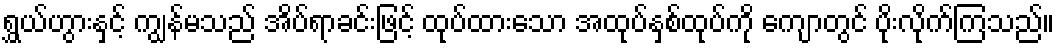
ရွှယ်ဟွားနှင့် ကျွန်မသည် အိပ်ရာခင်းဖြင့် ထုပ်ထားသော အထုပ်နှစ်ထုပ်ကို ကျောတွင် ပိုးလိုက်ကြသည်။